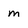
Character: m